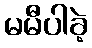
မမီပါခဲ့